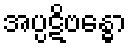
အပ္ပဋိဗန္ဓော